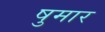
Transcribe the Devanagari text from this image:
षुमार